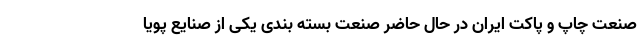
صنعت چاپ و پاکت ایران در حال حاضر صنعت بسته ‌بندی یکی از صنایع پویا